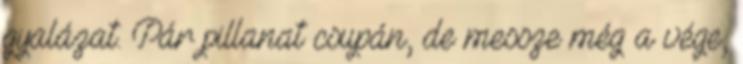
gyalázat. Pár pillanat csupán, de messze még a vége,